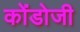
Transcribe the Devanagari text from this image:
कोंडोजी